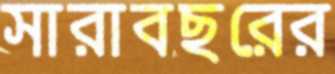
সারাবছরের